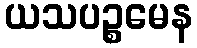
ယသပဉ္စမေန